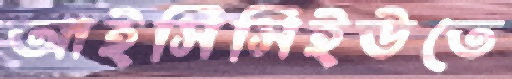
আইসিসিইউতে